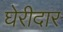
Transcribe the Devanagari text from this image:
घेरीदार